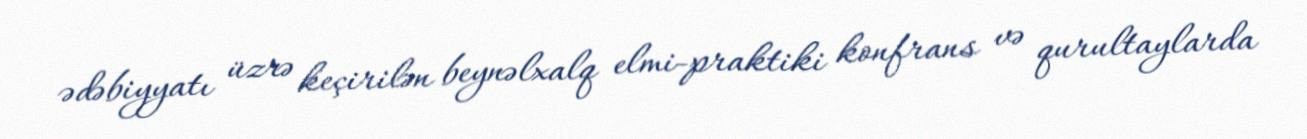
ədəbiyyatı üzrə keçirilən beynəlxalq elmi-praktiki konfrans və qurultaylarda